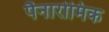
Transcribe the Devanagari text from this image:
पैनारोमिक